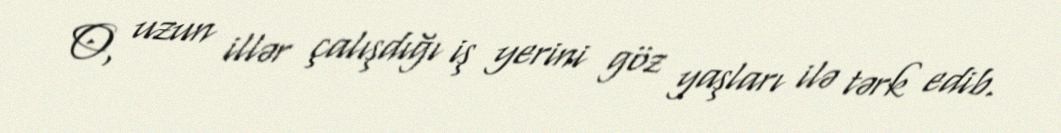
O, uzun illər çalışdığı iş yerini göz yaşları ilə tərk edib.